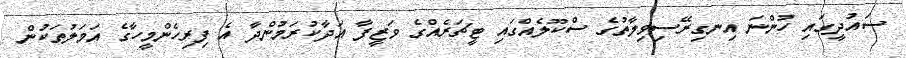
ސައުދީގައި ހުންނަ އިނގިރޭސިވިލާތުގެ ސްކޫލެއްގައި ޓީޗަރެއްގެ ވަޒީފާ އަދާކުރަމުންދާ އެ ފިރިހެންމީހާގެ އަމަލުތަކުން